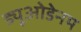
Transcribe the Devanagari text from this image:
ड्यूओडेनम